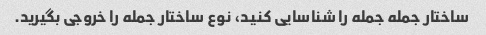
ساختار جمله جمله را شناسایی کنید، نوع ساختار جمله را خروجی بگیرید.